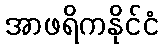
အာဖရိကနိုင်ငံ